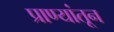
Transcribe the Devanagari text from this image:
प्राण्यांतून